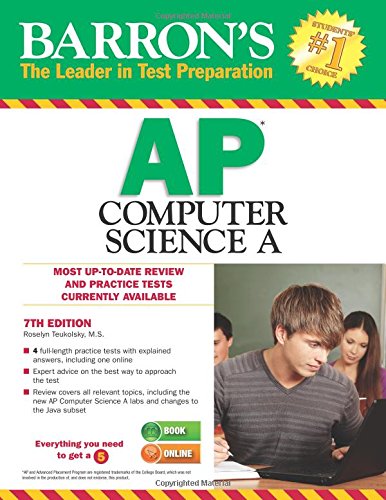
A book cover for Barron's AP Computer Science A, 7th Edition; Roselyn Teukolsky M.S.; Test Preparation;